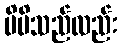
မိမိသည်လည်း